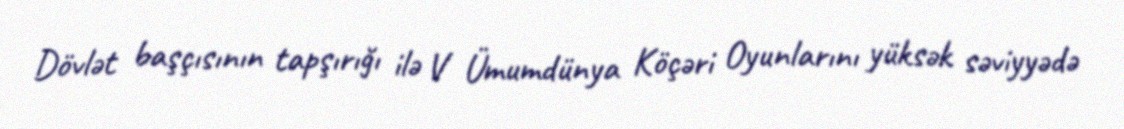
Dövlət başçısının tapşırığı ilə V Ümumdünya Köçəri Oyunlarını yüksək səviyyədə